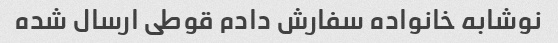
نوشابه خانواده سفارش دادم قوطی ارسال شده